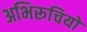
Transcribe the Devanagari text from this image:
अभिरूचियो